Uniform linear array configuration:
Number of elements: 48
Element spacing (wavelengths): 0.5
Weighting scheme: uniform
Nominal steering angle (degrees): -60
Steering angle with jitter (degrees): -60.888
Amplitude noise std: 0.05
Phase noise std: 0.05

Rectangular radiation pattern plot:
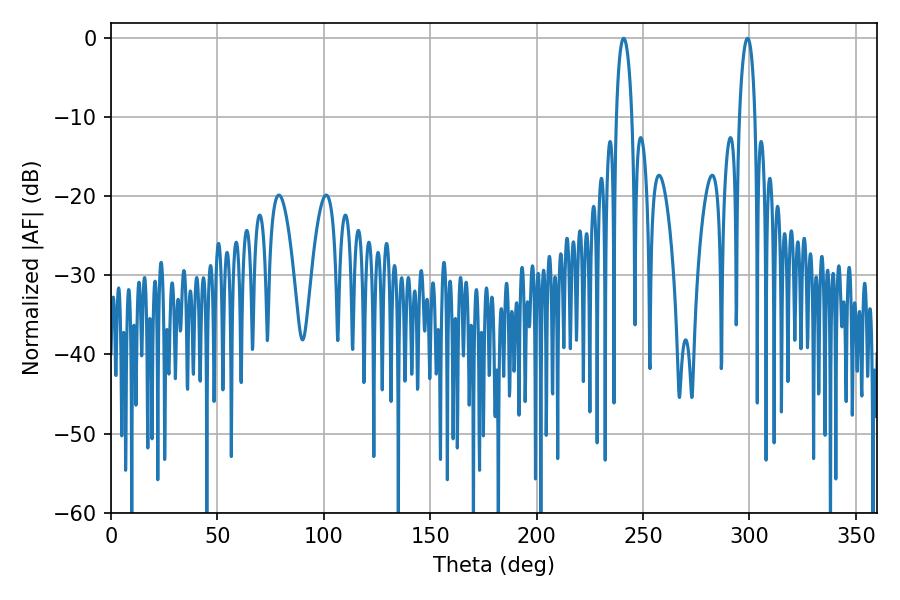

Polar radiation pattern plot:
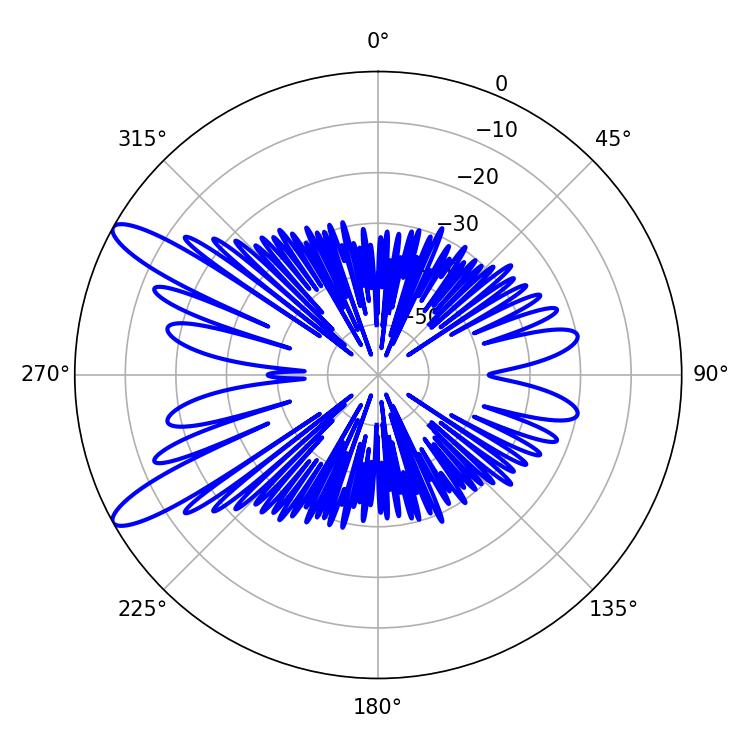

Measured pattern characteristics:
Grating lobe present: FALSE
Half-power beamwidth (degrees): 4.14
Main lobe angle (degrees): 240.84